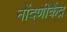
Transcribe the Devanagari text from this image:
नोंदणीकेंद्र